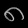
Digit: ၈